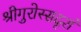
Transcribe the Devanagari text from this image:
श्रीगुरोस्सदृशं